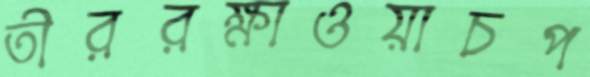
তীররক্ষাওয়াচপ